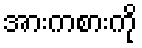
အားကစားကို